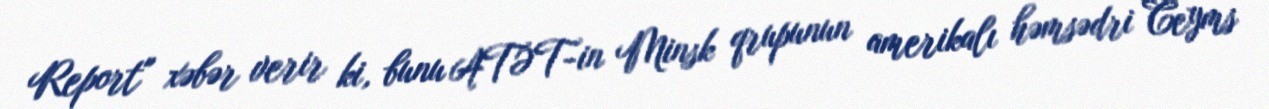
Report" xəbər verir ki, bunu ATƏT-in Minsk qrupunun amerikalı həmsədri Ceyms